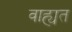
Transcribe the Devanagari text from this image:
वाह्यत